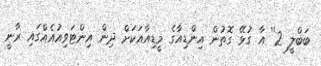
ބަބްލީ 2'' އާ ގުޅޭ ގޮތުން އިންޑިއާގެ މީޑިއާއަކަށް ދިން އިންޓަވިއުއެއްގައި ރާނީ